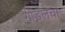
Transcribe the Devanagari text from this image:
गोंडलचा